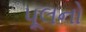
પૂલનો